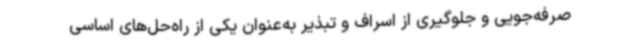
صرفه‌جویی و جلوگیری از اسراف و تبذیر به‌عنوان یکی از راه‌حل‌های اساسی